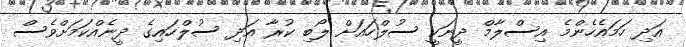
އަދި ހަމައެހެންމެ އިސްލާމް ދީނަކީ ސުލްހައަށް ލޯބި ކުރާ އަދި ސުލްހައިގެ ދީނެއްކަމަށްވެސް